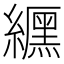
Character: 𮉐